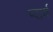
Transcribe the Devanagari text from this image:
प्दार्थ